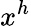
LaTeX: x^{h}